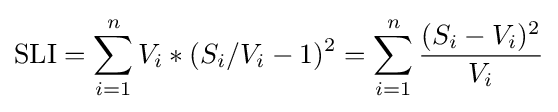
\mathrm {SLI} =\sum _{i=1}^{n}{V_{i}*(S_{i}/V_{i}-1)^{2}}=\sum _{i=1}^{n}{(S_{i}-V_{i})^{2} \over V_{i}}